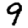
Digit: 9